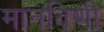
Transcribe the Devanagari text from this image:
मानविणी